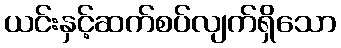
ယင်းနှင့်ဆက်စပ်လျက်ရှိသော